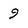
Character: 9